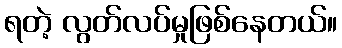
ရတဲ့ လွတ်လပ်မှုဖြစ်နေတယ်။